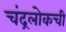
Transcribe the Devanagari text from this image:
चंद्रलोकची